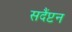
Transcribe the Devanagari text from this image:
सदैंप्टन